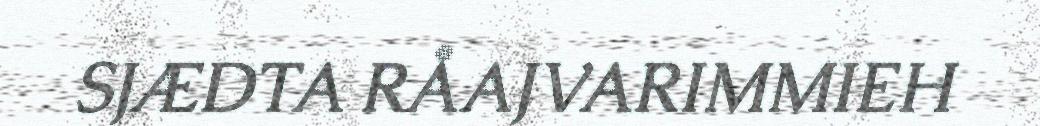
SJÆDTA RÅAJVARIMMIEH